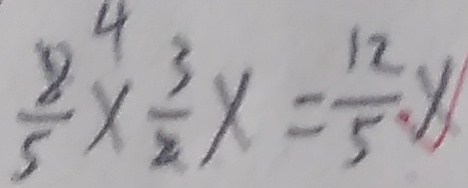
\frac { 4 } { 5 } \times \frac { 3 } { 2 } \times = \frac { 1 2 } { 5 } \times